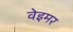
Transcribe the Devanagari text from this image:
वेइमर